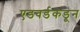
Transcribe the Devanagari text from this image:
एडवर्डकडून